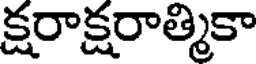
క్షరాక్షరాత్మికా